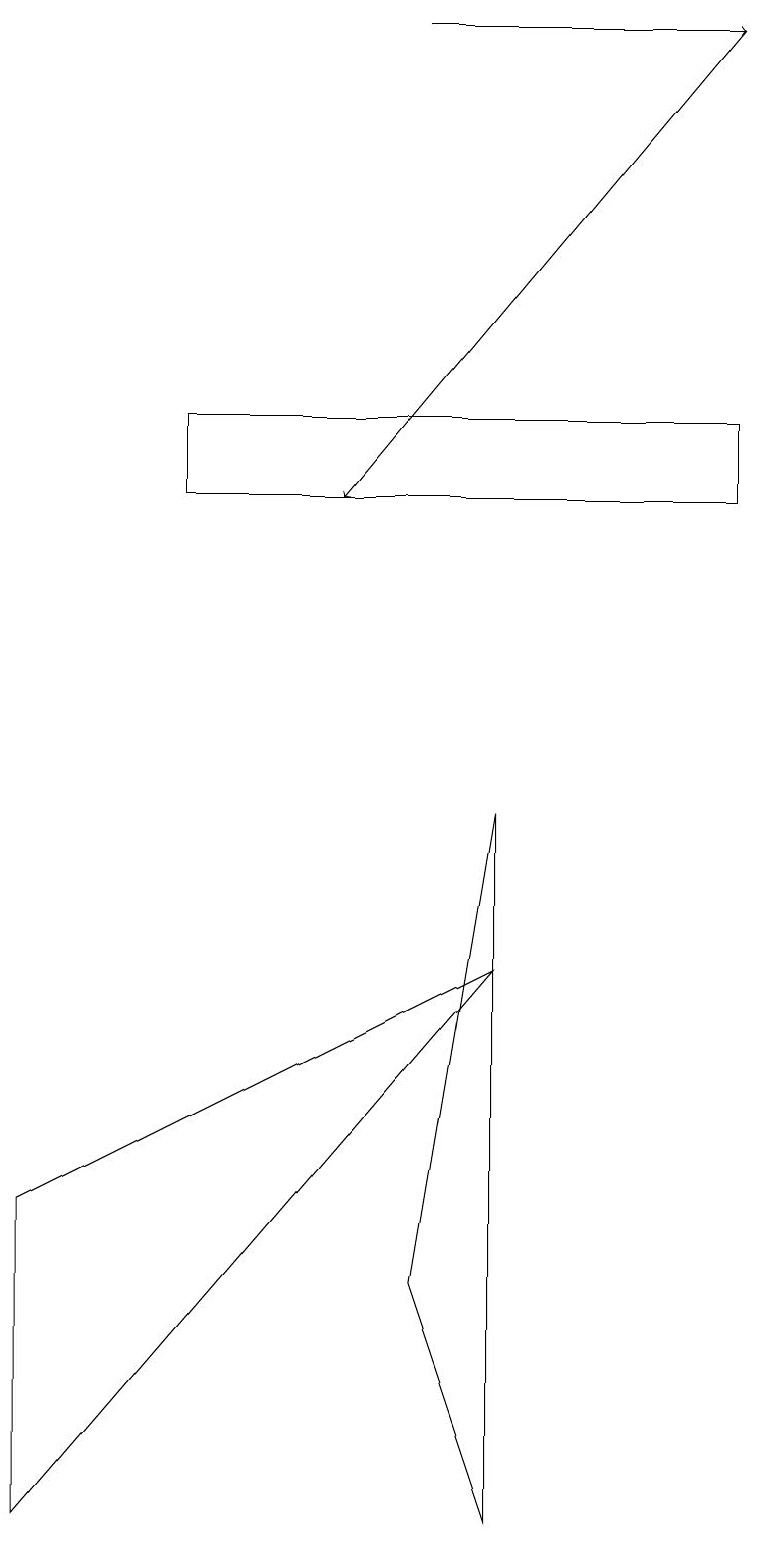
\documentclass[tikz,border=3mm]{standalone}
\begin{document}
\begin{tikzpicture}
\draw (0,4) -- (6,7) -- (0,0) -- cycle;
\draw (6,9) -- (6,0) -- (5,3) -- cycle;
\draw[->] (9,19) -- (4,13);
\draw (9,14) rectangle (2,13);
\draw[->] (5,19) -- (9,19);
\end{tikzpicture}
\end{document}